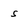
Character: s